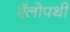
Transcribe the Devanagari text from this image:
ऍलोपथी